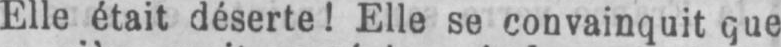
Elle était déserte! Elle se convainquit que